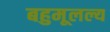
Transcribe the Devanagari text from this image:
बहुमूलल्य